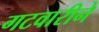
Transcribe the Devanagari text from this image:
गटवारीने